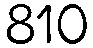
810